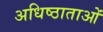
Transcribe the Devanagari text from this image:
अधिष्ठाताओं